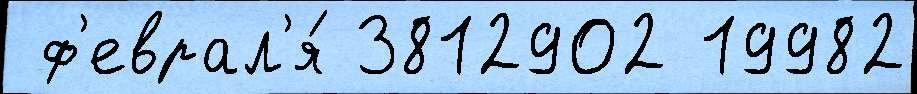
 ф'еврал'я́ 3812902 19982